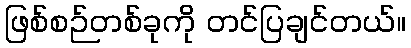
ဖြစ်စဉ်တစ်ခုကို တင်ပြချင်တယ်။